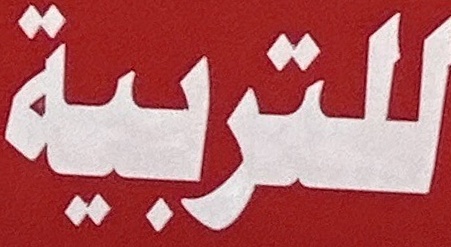
للتربية